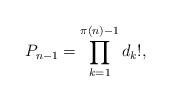
LaTeX: \begin{align*} P_{n-1} = \prod_{k=1}^{\pi(n)-1} d_k!,\end{align*}